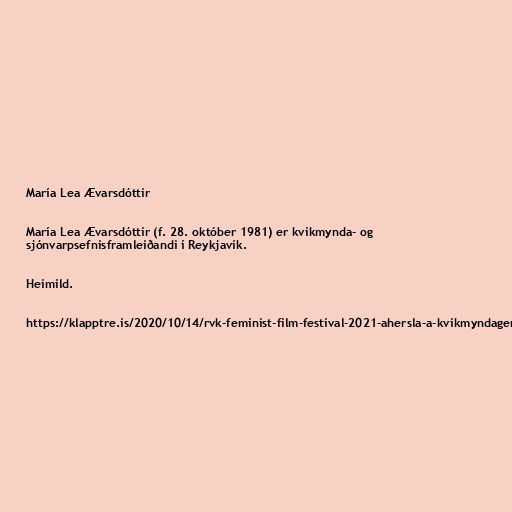
María Lea Ævarsdóttir

María Lea Ævarsdóttir (f. 28. október 1981) er kvikmynda- og
sjónvarpsefnisframleiðandi í Reykjavík.

Heimild.

https://klapptre.is/2020/10/14/rvk-feminist-film-festival-2021-ahersla-a-kvikmyndagerd-hinsegin-folks/